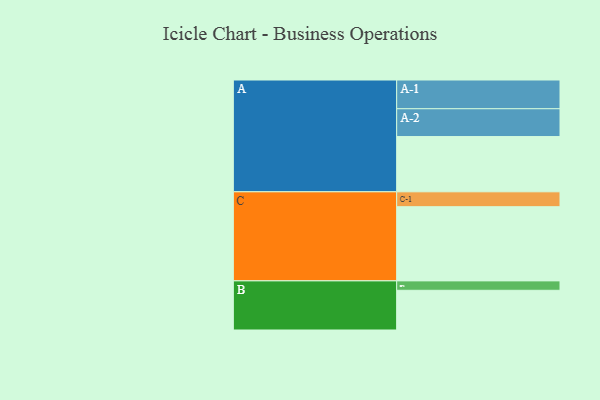
{"axis": {"x": "Segment", "y": "Value"}, "legend": ["", "A", "B", "C"], "data": [{"x": "A", "y": 423, "type": ""}, {"x": "B", "y": 304, "type": ""}, {"x": "C", "y": 568, "type": ""}, {"x": "A-1", "y": 220, "type": "A"}, {"x": "A-2", "y": 213, "type": "A"}, {"x": "B-1", "y": 72, "type": "B"}, {"x": "C-1", "y": 114, "type": "C"}]}